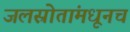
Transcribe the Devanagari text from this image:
जलस्रोतांमधूनच